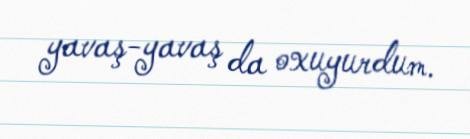
yavaş-yavaş da oxuyurdum.